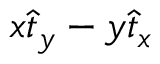
x \hat { t } _ { y } - y \hat { t } _ { x }